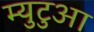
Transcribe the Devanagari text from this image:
म्युटुआ